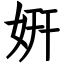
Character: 姸